Report on vaccination in Madras 1895-1903 - 1895-1903
Year: 1895
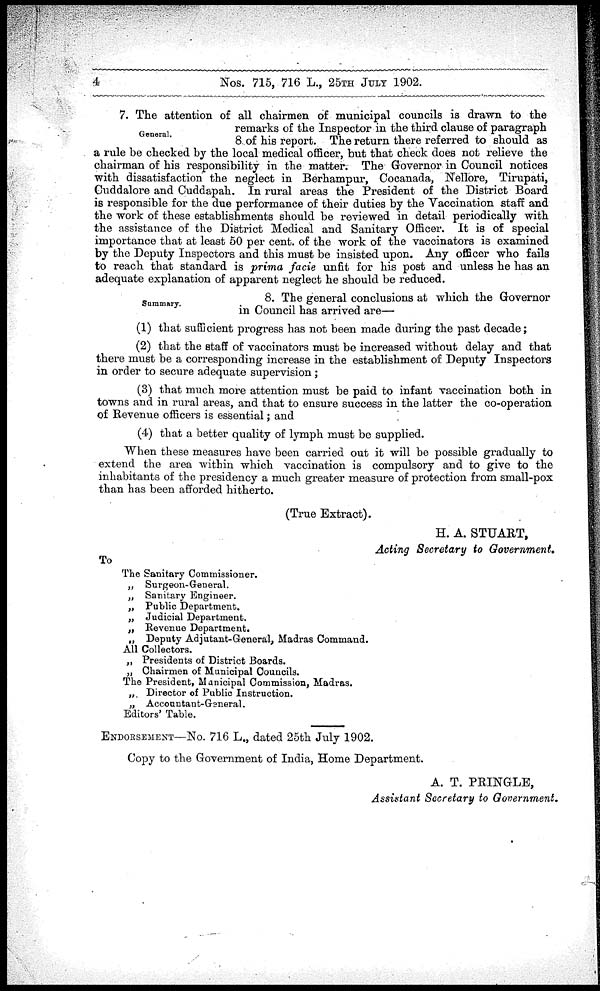
4
Nos. 715, 716 L., 25TH JULY 1902.
General.
7. The attention of all chairmen of municipal councils is drawn to the
remarks of the Inspector in the third clause of paragraph
8 of his report. The return there referred to should as
a rule be checked by the local medical officer, but that check does not relieve the
chairman of his responsibility in the matter. The Governor in Council notices
with dissatisfaction the neglect in Berhampur, Cocanada, Nellore, Tirupati,
Cuddalore and Cuddapah. In rural areas the President of the District Board
is responsible for the due performance of their duties by the Vaccination staff and
the work of these establishments should be reviewed in detail periodically with
the assistance of the District Medical and Sanitary Officer. It is of special
importance that at least 50 per cent. of the work of the vaccinators is examined
by the Deputy Inspectors and this must be insisted upon. Any officer who fails
to reach that standard is prima facie unfit for his post and unless he has an
adequate explanation of apparent neglect he should be reduced.
Summary.
8. The general conclusions at which the Governor
in Council has arrived are—
(1) that sufficient progress has not been made during the past decade;
(2) that the staff of vaccinators must be increased without delay and that
there must be a corresponding increase in the establishment of Deputy Inspectors
in order to secure adequate supervision;
(3) that much more attention must be paid to infant vaccination both in
towns and in rural areas, and that to ensure success in the latter the co-operation
of Revenue officers is essential; and
(4) that a better quality of lymph must be supplied.
When these measures have been carried out it will be possible gradually to
extend the area within which vaccination is compulsory and to give to the
inhabitants of the presidency a much greater measure of protection from small-pox
than has been afforded hitherto.
(True Extract).
H. A. STUART,
Acting Secretary to Government.
To
The Sanitary Commissioner.
„
Surgeon-General.
„ Sanitary Engineer.
„ Public Department.
„ Judicial Department.
„ Revenue Department.
„ Deputy Adjutant-General, Madras Command.
All Collectors.
„ Presidents of District Boards.
„ Chairmen of Municipal Councils.
The President, Municipal Commission, Madras.
„ Director of Public Instruction.
„
Accountant-General.
Editors' Table.
ENDORSEMENT—No. 716 L., dated 25th July 1902.
Copy to the Government of India, Home Department.
A. T. PRINGLE,
Assistant Secretary to Government.